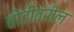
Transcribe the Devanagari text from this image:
बोटीवरील